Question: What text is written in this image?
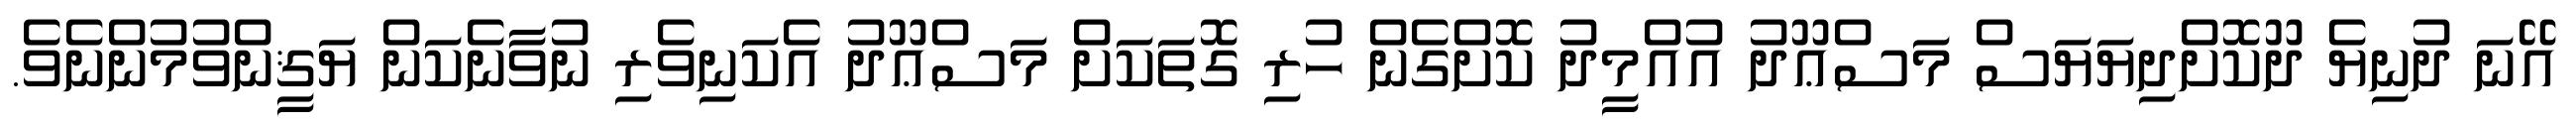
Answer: އޭނަ ދުނިޔެ ދޫކޮށްދިޔަޔަސް މަސްޢޫދު އުއްމީދު ކޮށްގެން ހުރި ގޮތަކަށް މަސްޢޫދު އެކަނިވެރި ނުވާނެކަން ޔަޤީންވުމުންނެވެ.